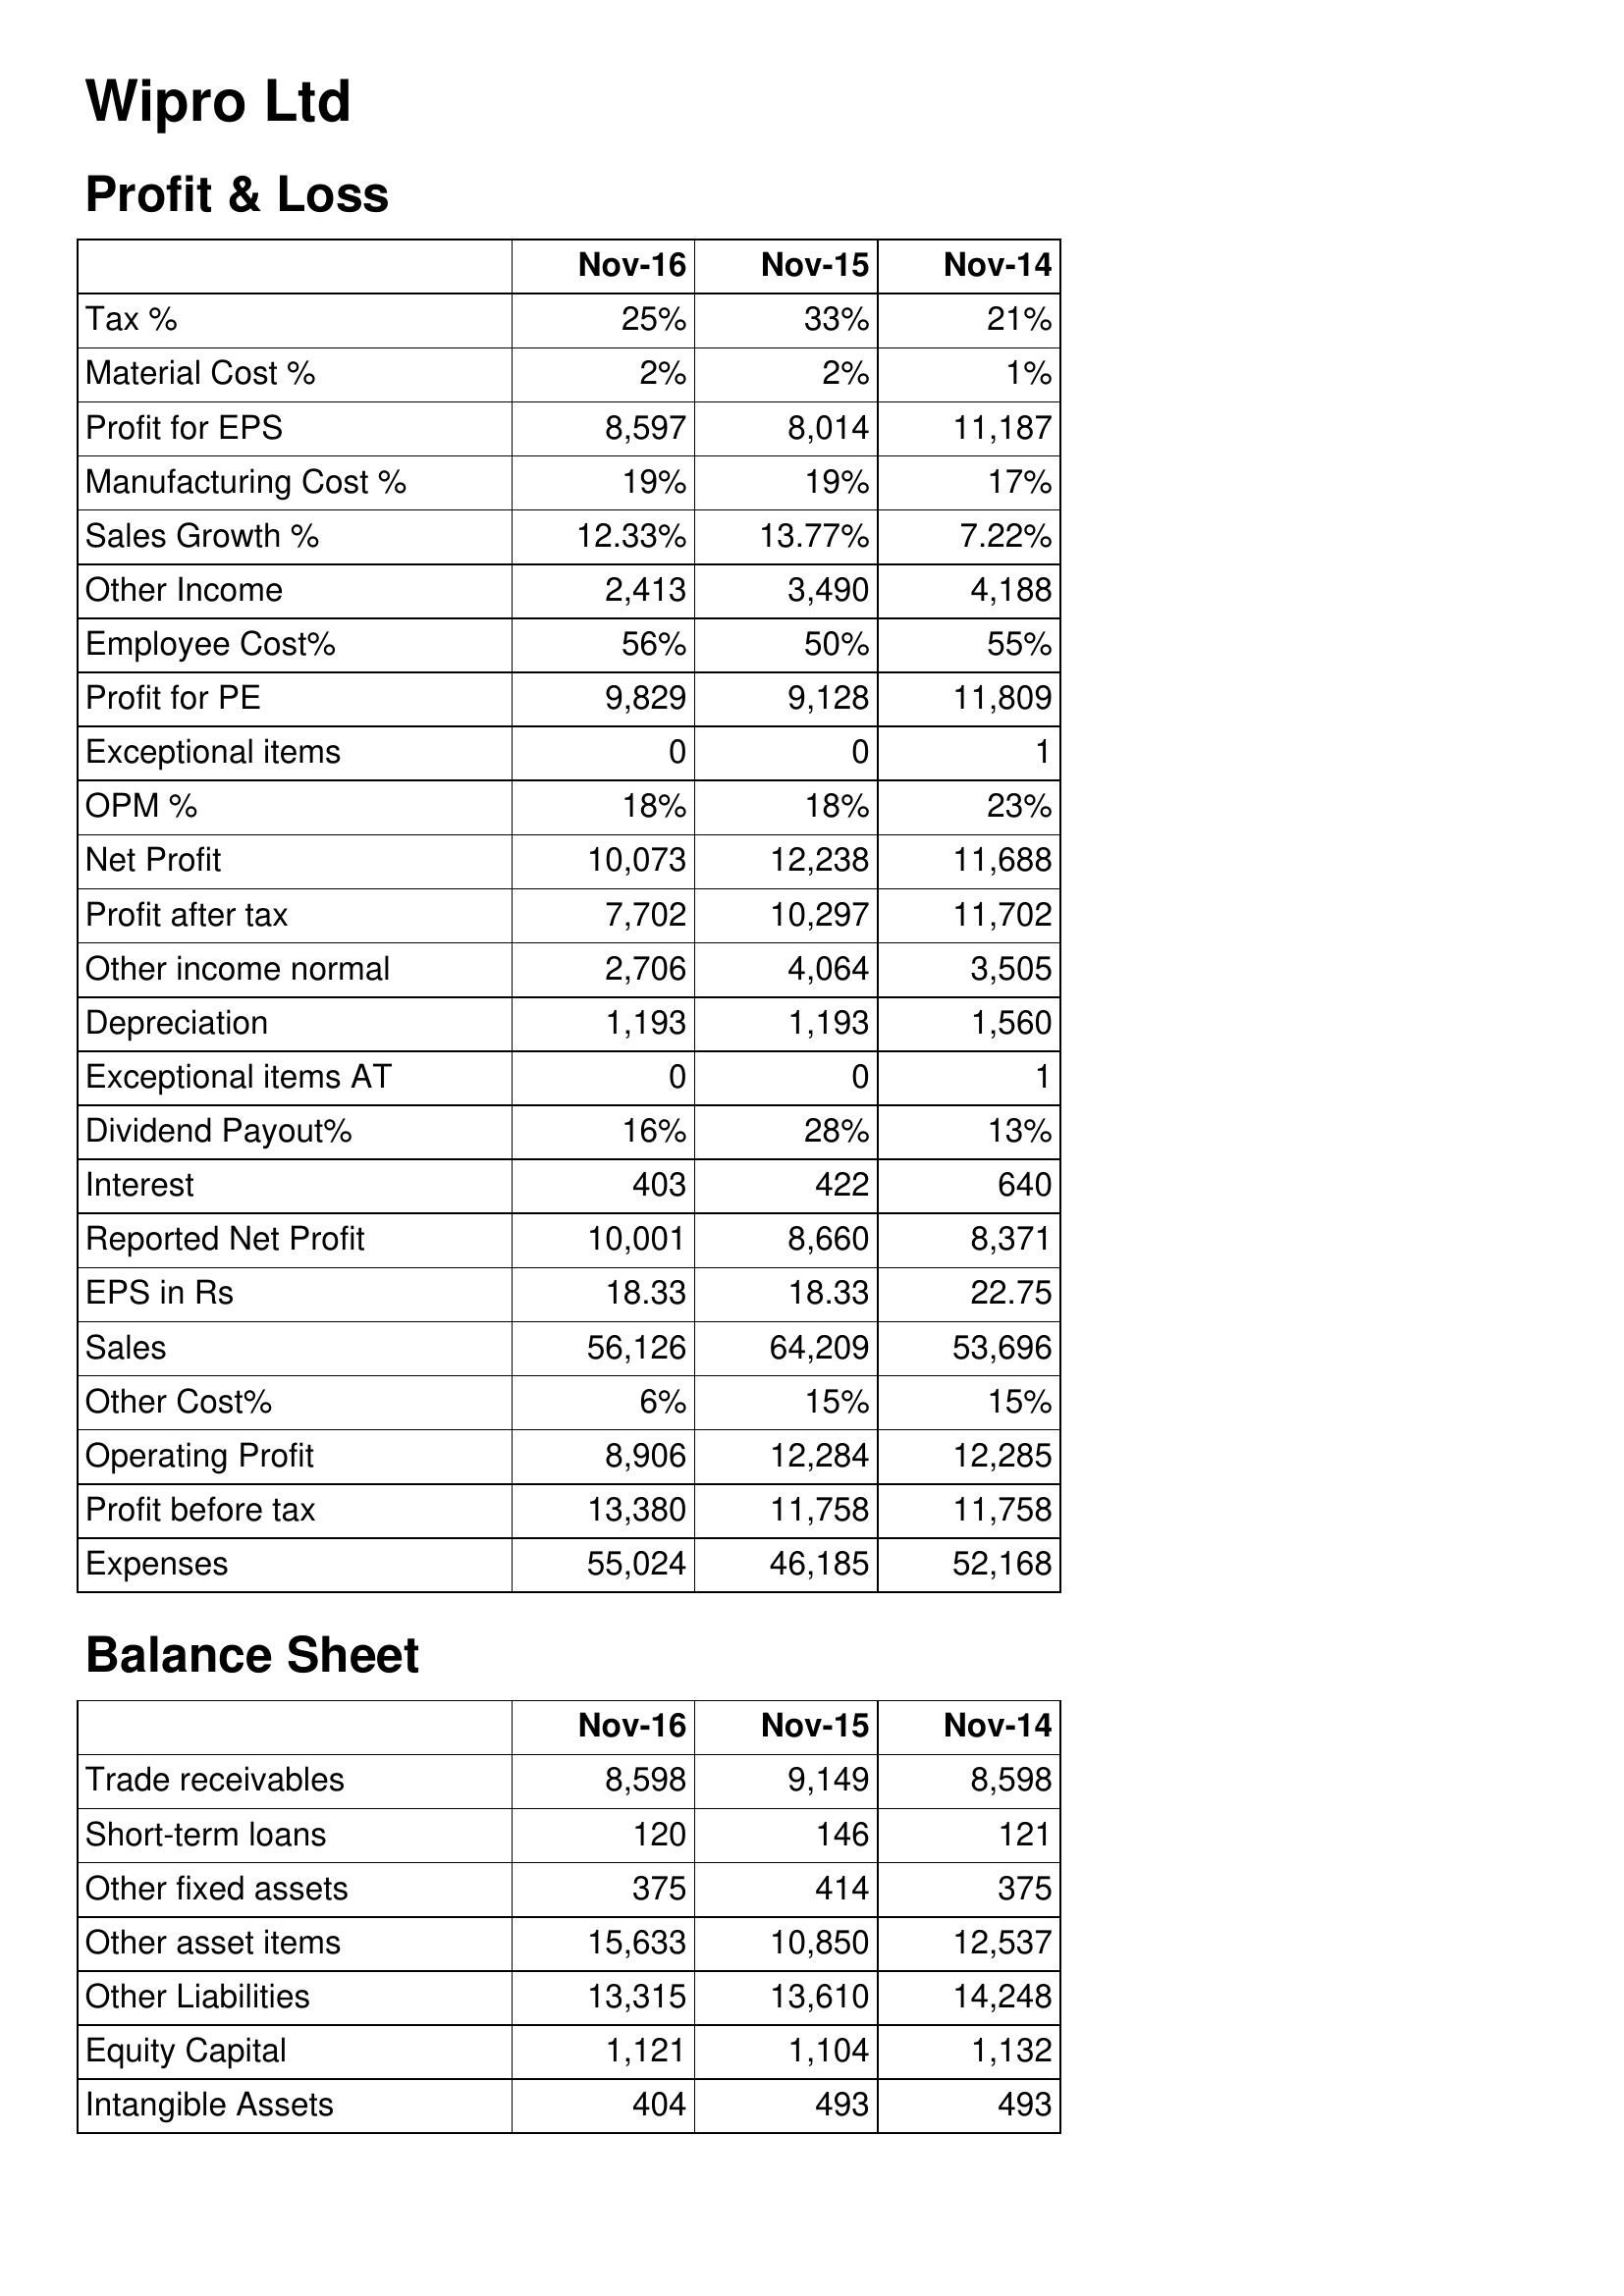
Nov-16: Profit & Loss: Tax %: 25%
Material Cost %: 2%
Profit for EPS: 8,597
Manufacturing Cost %: 19%
Sales Growth %: 12.33%
Other Income: 2,413
Employee Cost%: 56%
Profit for PE: 9,829
Exceptional items: 0
OPM %: 18%
Net Profit: 10,073
Profit after tax: 7,702
Other income normal: 2,706
Depreciation: 1,193
Exceptional items AT: 0
Dividend Payout%: 16%
Interest: 403
Reported Net Profit: 10,001
EPS in Rs: 18.33
Sales: 56,126
Other Cost%: 6%
Operating Profit: 8,906
Profit before tax: 13,380
Expenses: 55,024
Balance Sheet: Trade receivables: 8,598
Short-term loans: 120
Other fixed assets: 375
Other asset items: 15,633
Other Liabilities: 13,315
Equity Capital: 1,121
Intangible Assets: 404
Nov-15: Profit & Loss: Tax %: 33%
Material Cost %: 2%
Profit for EPS: 8,014
Manufacturing Cost %: 19%
Sales Growth %: 13.77%
Other Income: 3,490
Employee Cost%: 50%
Profit for PE: 9,128
Exceptional items: 0
OPM %: 18%
Net Profit: 12,238
Profit after tax: 10,297
Other income normal: 4,064
Depreciation: 1,193
Exceptional items AT: 0
Dividend Payout%: 28%
Interest: 422
Reported Net Profit: 8,660
EPS in Rs: 18.33
Sales: 64,209
Other Cost%: 15%
Operating Profit: 12,284
Profit before tax: 11,758
Expenses: 46,185
Balance Sheet: Trade receivables: 9,149
Short-term loans: 146
Other fixed assets: 414
Other asset items: 10,850
Other Liabilities: 13,610
Equity Capital: 1,104
Intangible Assets: 493
Nov-14: Profit & Loss: Tax %: 21%
Material Cost %: 1%
Profit for EPS: 11,187
Manufacturing Cost %: 17%
Sales Growth %: 7.22%
Other Income: 4,188
Employee Cost%: 55%
Profit for PE: 11,809
Exceptional items: 1
OPM %: 23%
Net Profit: 11,688
Profit after tax: 11,702
Other income normal: 3,505
Depreciation: 1,560
Exceptional items AT: 1
Dividend Payout%: 13%
Interest: 640
Reported Net Profit: 8,371
EPS in Rs: 22.75
Sales: 53,696
Other Cost%: 15%
Operating Profit: 12,285
Profit before tax: 11,758
Expenses: 52,168
Balance Sheet: Trade receivables: 8,598
Short-term loans: 121
Other fixed assets: 375
Other asset items: 12,537
Other Liabilities: 14,248
Equity Capital: 1,132
Intangible Assets: 493